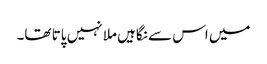
میں اس سے نگاہیں ملا نہیں پاتا تھا۔